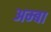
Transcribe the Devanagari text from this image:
अम्‍बा